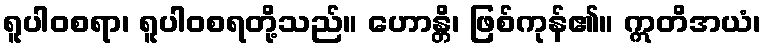
ရူပါဝစရာ၊ ရူပါဝစရတို့သည်။ ဟောန္တိ၊ ဖြစ်ကုန်၏။ ဣတိအယံ၊